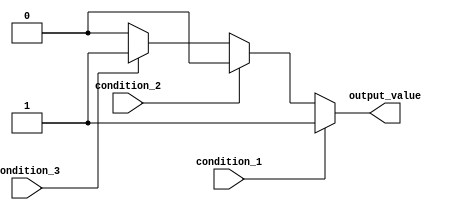
module multiple_if_else(
    input condition_1,
    input condition_2,
    input condition_3,
    output reg output_value
);

always @*
begin
    if (condition_1)
    begin
        output_value = 1; // Action to take if condition 1 is true
    end
    else if (condition_2)
    begin
        output_value = 2; // Action to take if condition 2 is true
    end
    else if (condition_3)
    begin
        output_value = 3; // Action to take if condition 3 is true
    end
    else
    begin
        output_value = 0; // Default action if none of the conditions are true
    end
end

endmodule